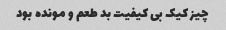
چیز کیک بی کیفیت بد طعم و مونده بود